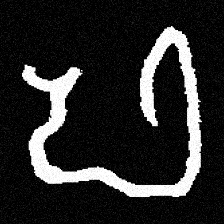
Pyu character \u2014 Myanmar letter: ဖ (romanized: pha)